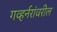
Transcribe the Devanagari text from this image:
गव्हर्नरांवरील